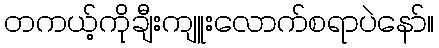
တကယ့်ကိုချီးကျူးလောက်စရာပဲနော်။